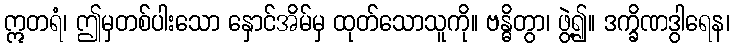
ဣတရံ၊ ဤမှတစ်ပါးသော နှောင်အိမ်မှ ထုတ်သောသူကို။ ဗန္ဓိတွာ၊ ဖွဲ့၍။ ဒက္ခိဏဒွါရေန၊